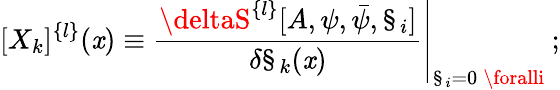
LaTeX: [X_{k}]^{\{ l\} }(\mathit{x})\equiv\left.\frac{{\deltaS^{\{ l\} }[A,\psi,\bar{{\psi}},\S_{i}]}}{{\delta\S_{k}(\mathit{x})}}\right|_{\S_{i}=0\: \foralli}\: ;